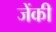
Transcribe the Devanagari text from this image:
जेंकी